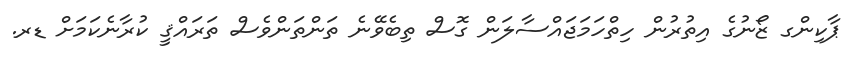
ޕާކިންގ ޒޯނުގެ އިތުރުން ހިތްހަމަޖައްސާލަން ގޮސް ތިބެވޭނެ ތަންތަންވެސް ތަރައްޤީ ކުރާނެކަމަށް ޑރ.